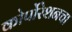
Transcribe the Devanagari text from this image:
कोर्पोरेशनचा